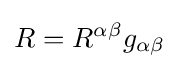
R=R^{\alpha \beta }g_{\alpha \beta }